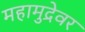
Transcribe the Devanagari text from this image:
महामुद्रेवर